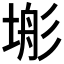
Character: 𭎿